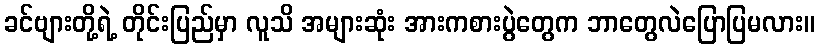
ခင်ဗျားတို့ရဲ့ တိုင်းပြည်မှာ လူသိ အများဆုံး အားကစားပွဲတွေက ဘာတွေလဲပြောပြမလား။